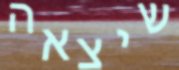
שיצאה